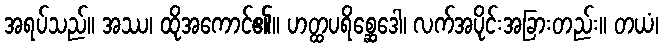
အရပ်သည်။ အဿ၊ ထိုအကောင်၏။ ဟတ္ထပရိစ္ဆေဒေါ၊ လက်အပိုင်းအခြားတည်း။ တယံ၊